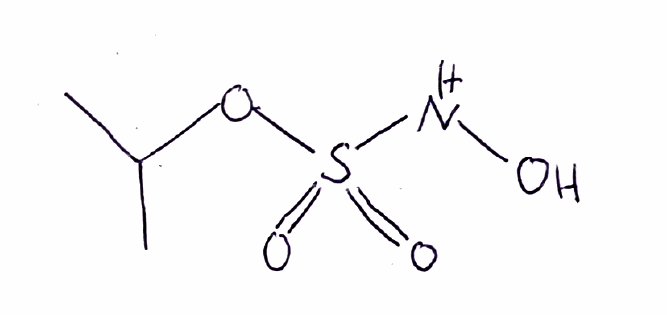
Simplified molecular-input line-entry system (SMILES) notation of the given molecule:
CC(C)OS(=O)(=O)NO